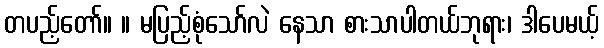
တပည့်တော်။ ။ မပြည့်စုံသော်လဲ နေသာ စားသာပါတယ်ဘုရား၊ ဒါပေမယ့်